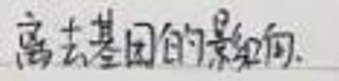
离去基团的影响.